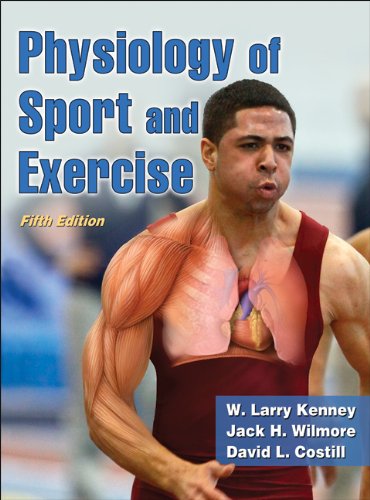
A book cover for Physiology of Sport and Exercise with Web Study Guide, 5th Edition; W. Larry Kenney; Medical Books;